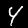
Label: 4